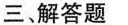
三、解答题